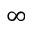
\infty